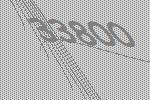
33800